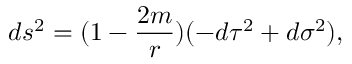
d s ^ { 2 } = ( 1 - \frac { 2 m } { r } ) ( - d \tau ^ { 2 } + d \sigma ^ { 2 } ) ,